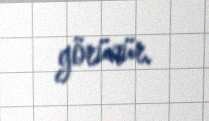
görünür.